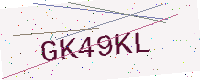
Text: GK49KL